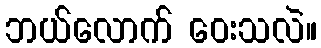
ဘယ်လောက် ဝေးသလဲ။